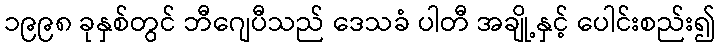
၁၉၉၈ ခုနှစ်တွင် ဘီဂျေပီသည် ဒေသခံ ပါတီ အချို့နှင့် ပေါင်းစည်း၍